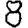
Digit: 8